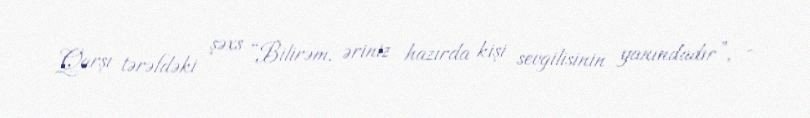
Qarşı tərəfdəki şəxs “Bilirəm, əriniz hazırda kişi sevgilisinin yanındadır”, -